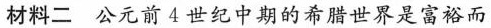
材料二 公元前4世纪中期的希腊世界是富裕而